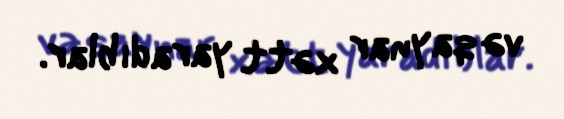
və qaynar xətt yaradıblar.